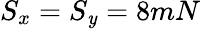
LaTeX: S_{x}=S_{\mathit{y}}=8mN